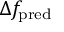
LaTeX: \Delta f _ { \mathrm { p r e d } }